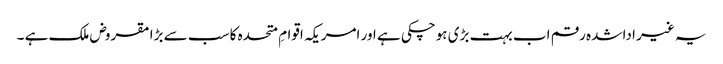
یہ غیر ادا شدہ رقم اب بہت بڑی ہوچکی ہے اور امریکہ اقوامِ متحدہ کا سب سے بڑا مقروض ملک ہے ۔